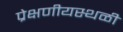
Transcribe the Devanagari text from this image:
प्रेक्षणीयस्थळी